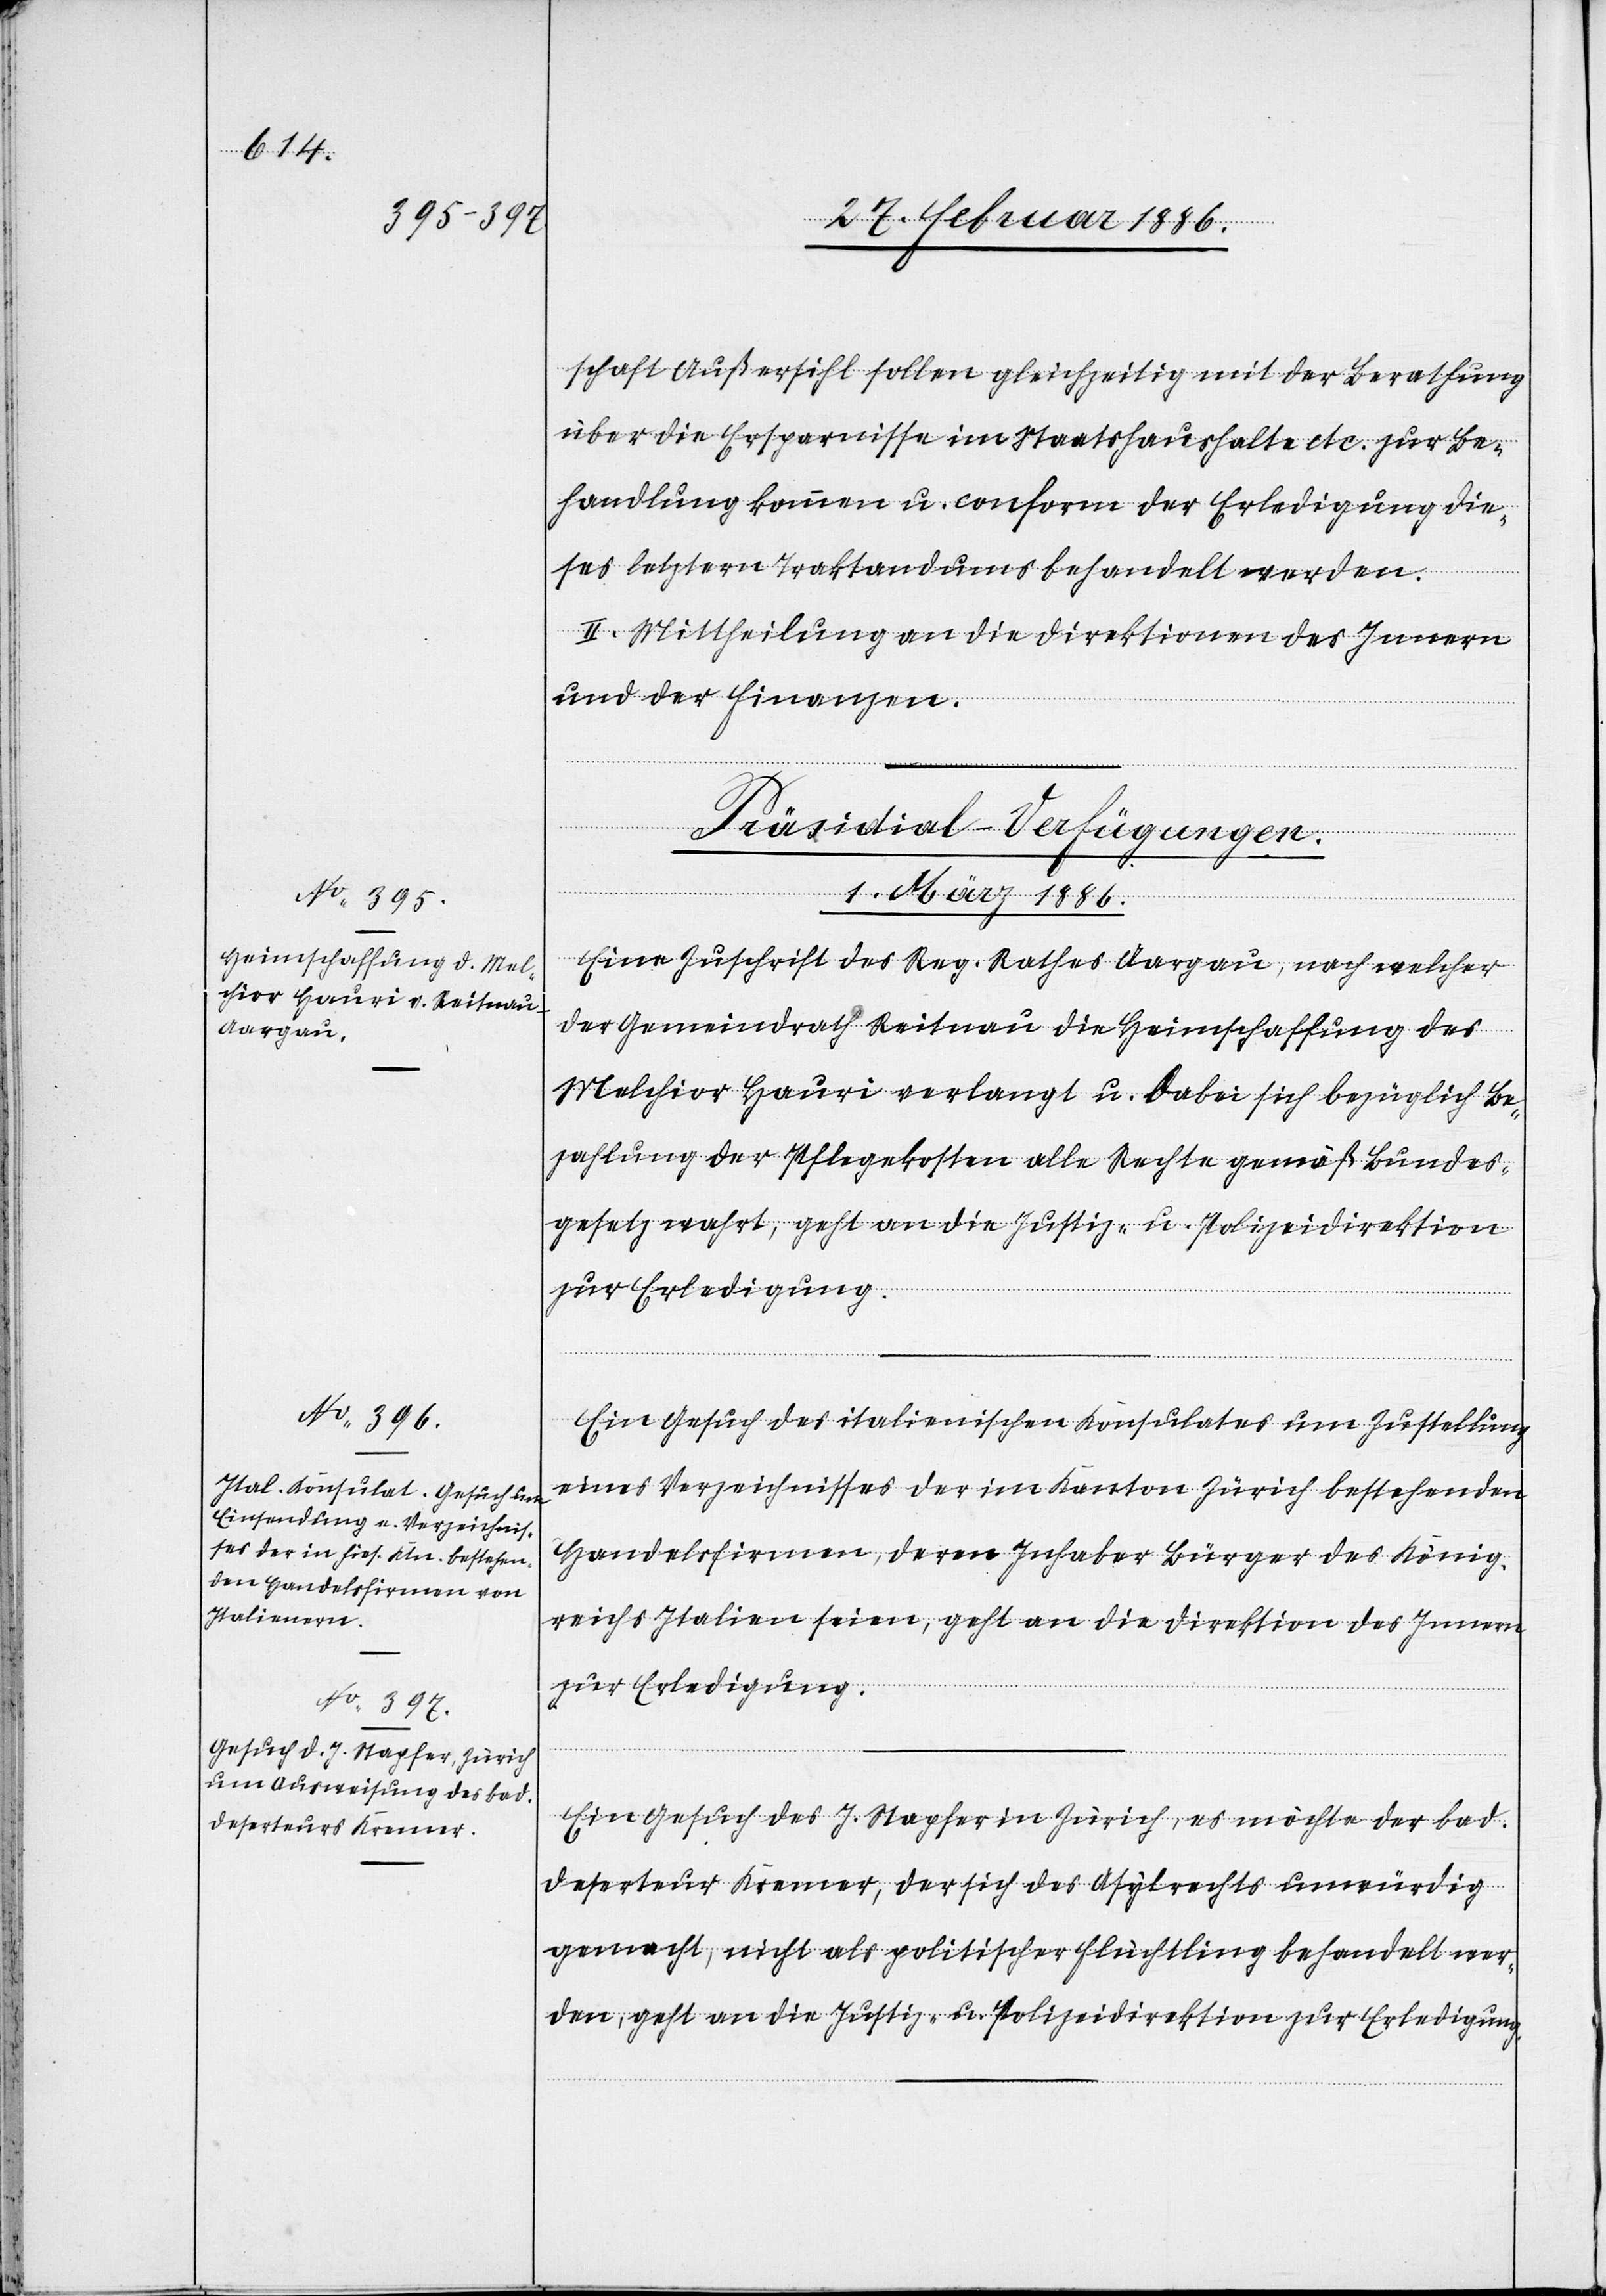
schaft Außersihl sollen gleichzeitig mit der Berathung
über die Ersparnisse im Staatshaushalte etc. zur Be¬
handlung kommen u. conform der Erledigung die¬
ses letztern Traktandums behandelt werden.
II. Mittheilung an die Direktionen des Innern
und der Finanzen.
[Präsidial-Verfügungen.
1. März 1886.]
Eine Zuschrift des Reg. Rathes Aargau, nach welcher
der Gemeindrath Reitnau die Heimschaffung des
Melchior Hauri verlangt u. dabei sich bezüglich Be¬
zahlung der Pflegekosten alle Rechte gemäß Bundes¬
gesetz wahrt, geht an die Justiz- u. Polizeidirektion
zur Erledigung.
Ein Gesuch des italienischen Konsulates um Zustellung
eines Verzeichnisses der im Kanton Zürich bestehenden
Handelsfirmen, deren Inhaber Bürger des König¬
reichs Italien seien, geht an die Direktion des Innern
zur Erledigung.
Ein Gesuch des J. Napfer in Zürich, es möchte der bad.
Deserteur Kremer, der sich des Asylrechts unwürdig
gemacht, nicht als politischer Flüchtling behandelt wer¬
den, geht an die Justiz- u. Polizeidirektion zur Erledigung.